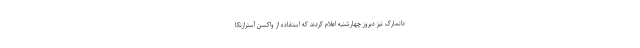
دانمارک نیز دیروز چهارشنبه اعلام کردند که استفاده از واکسن آسترازنکا